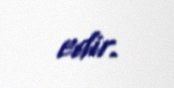
edir.